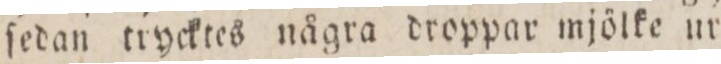
ſedan trycktes några droppar mjölke ur